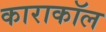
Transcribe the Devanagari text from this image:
काराकॉल